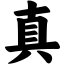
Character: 真